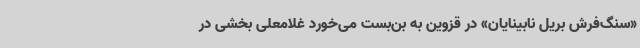
«سنگ‌فرش بریل نابینایان» در قزوین به بن‌بست می‌خورد غلامعلی بخشی در